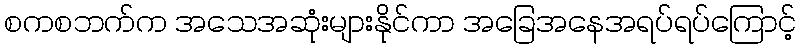
စကစဘက်က အသေအဆုံးများနိုင်ကာ အခြေအနေအရပ်ရပ်ကြောင့်